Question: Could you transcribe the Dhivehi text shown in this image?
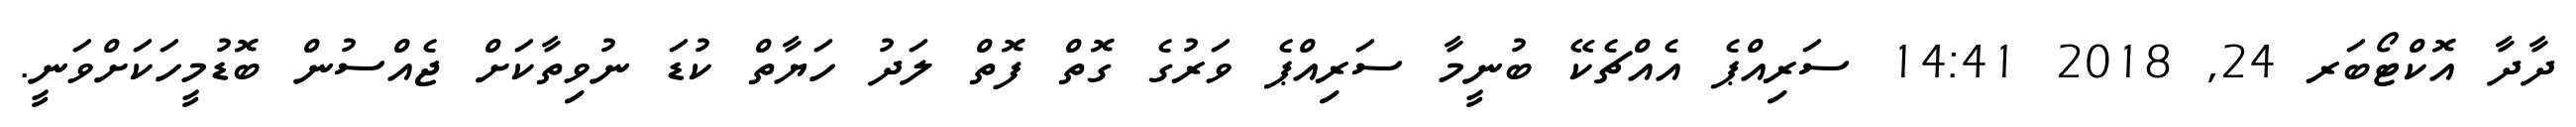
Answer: ދާދާ އޮކްޓޯބަރ 24, 2018 14:41 ސަރިއްޕެ އެއްޗެކޭ ބުނީމާ ސަރިއްޕެ ވަރުގެ ގޮތް ފޮތް ލަދު ހަޔާތް ކުޑަ ނުވިތާކަށް ޖެއްސުން ބޮޑުމީހަކަށްވަނީ.